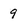
Character: 9